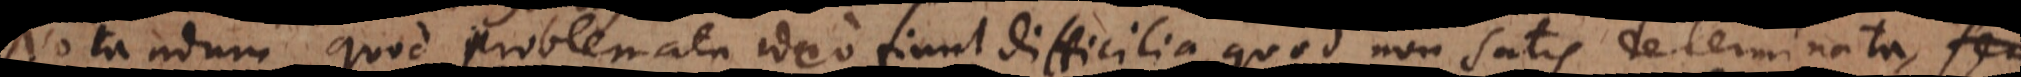
Notandum quod problemata ideo fiunt difficilia, quod non satis determinata,